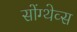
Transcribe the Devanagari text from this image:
सोंग्थेव्स